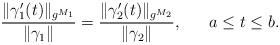
LaTeX: \begin{align*}\frac{\Vert \gamma _{1}^{\prime }(t)\Vert _{g^{M_{1}}}}{\Vert \gamma_{1}\Vert }=\frac{\Vert \gamma _{2}^{\prime }(t)\Vert _{g^{M_{2}}}}{\Vert\gamma _{2}\Vert },\ \ \ \ \ a\leq t\leq b. \end{align*}